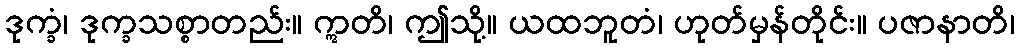
ဒုက္ခံ၊ ဒုက္ခသစ္စာတည်း။ ဣတိ၊ ဤသို့။ ယထဘူတံ၊ ဟုတ်မှန်တိုင်း။ ပဇာနာတိ၊